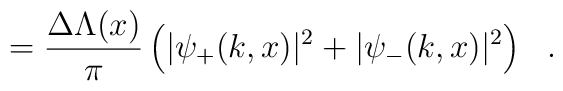
=\frac{\Delta \Lambda(x)}{\pi} \left(|\psi_+(k,x)|^2 + |\psi_-(k,x)|^2 \right) \ \ .